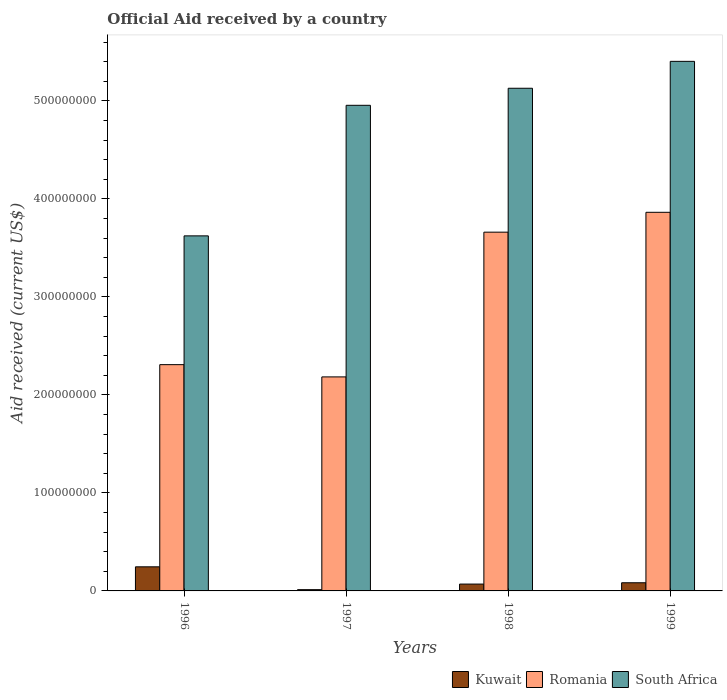
| Years | Kuwait | Romania | South Africa |
 | --- | --- | --- | --- |
 | 1996 | 2.46e+07 | 2.31e+08 | 3.62e+08 |
 | 1997 | 1.28e+06 | 2.18e+08 | 4.96e+08 |
 | 1998 | 6.99e+06 | 3.66e+08 | 5.13e+08 |
 | 1999 | 8.33e+06 | 3.86e+08 | 5.4e+08 |